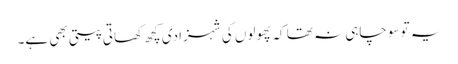
یہ تو سوچاہی نہ تھا کہ پھولوں کی شہزادی کچھ کھاتی پیتی بھی ہے۔